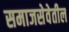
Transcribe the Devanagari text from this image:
समाजसेवेतील